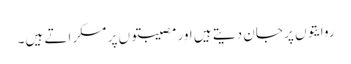
روایتوں پر جان دیتے ہیں اور مصیبتوں پر مسکراتے ہیں۔